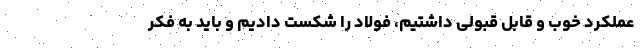
عملکرد خوب و قابل قبولی داشتیم، فولاد را شکست دادیم و باید به فکر